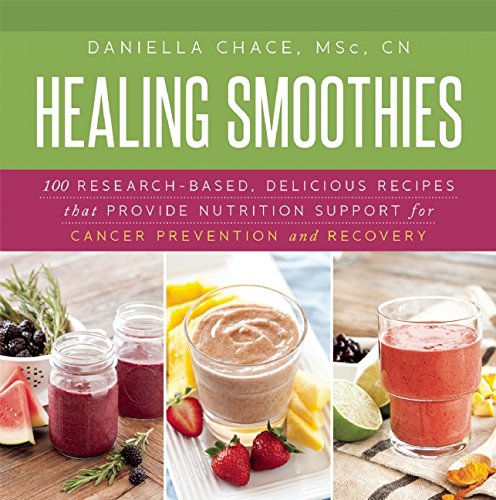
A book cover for Healing Smoothies: 100 Research-Based, Delicious Recipes That Provide Nutrition Support for Cancer Prevention and Recovery; Daniella Chace; Cookbooks, Food & Wine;